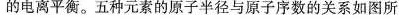
的电离平衡。五种元素的原子半径与原子序数的关系如图所